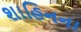
શાહિનના